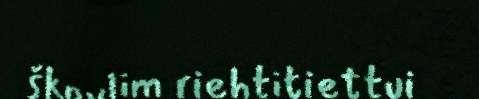
škovlim riehtitiettui